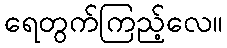
ရေတွက်ကြည့်လေ။